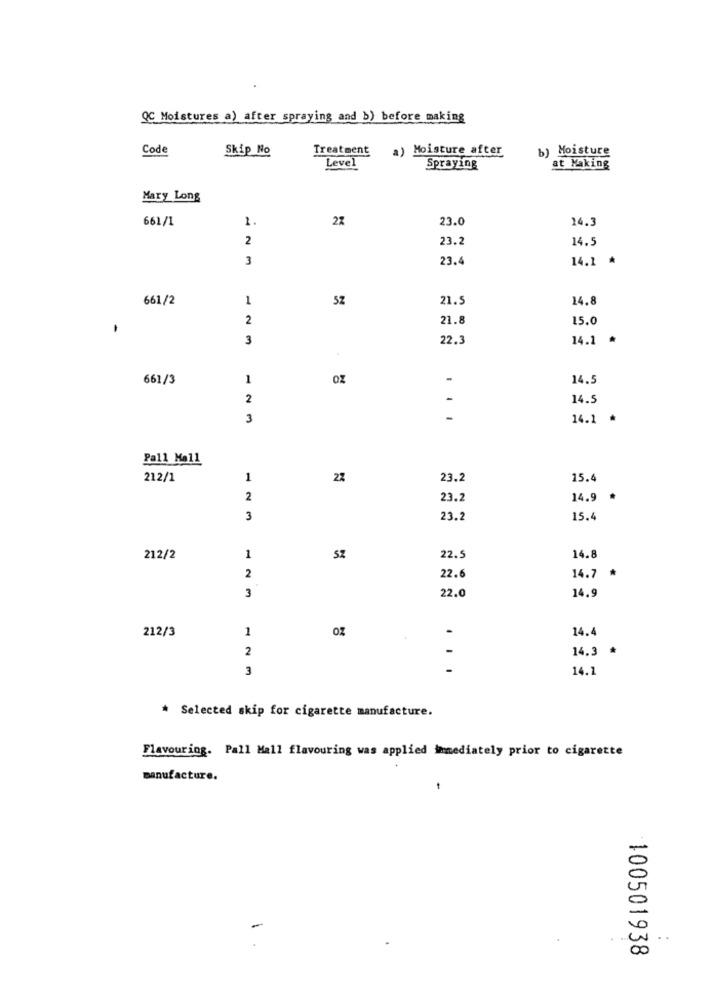
QC Moistures a) after spraying and b) before making
Code
Skip No
Treatment
a) Moisture after
b) Moisture
Level
Spraying
at Making
Mary Long
661/1
1.
22
23.0
14.3
2
23.2
14.5
3
23.4
14.1 *
661/2
1
52
21.5
14.8
2
21.8
15.0
3
22.3
14.1 *
661/3
1
OZ
-
14.5
2
-
14.5
3
. .
14.1 *
Pall Mall
212/1
1
23.2
15.4
2
23.2
14.9 *
3
23.2
15.4
212/2
1
SZ
22.5
14.8
14.7
.
2
22.6
3
14.9
22.0
212/3
1
OZ
14.4
2
14.3 *
3
...
14.1
* Selected skip for cigarette manufacture.
Flavouring. Pall Mall flavouring was applied immediately prior to cigarette
manufacture.
100501938